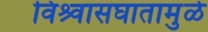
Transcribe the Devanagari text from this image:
विश्र्वासघातामुळे